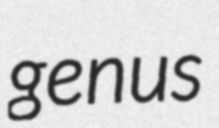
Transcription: genus